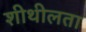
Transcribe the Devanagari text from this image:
शीथीलता